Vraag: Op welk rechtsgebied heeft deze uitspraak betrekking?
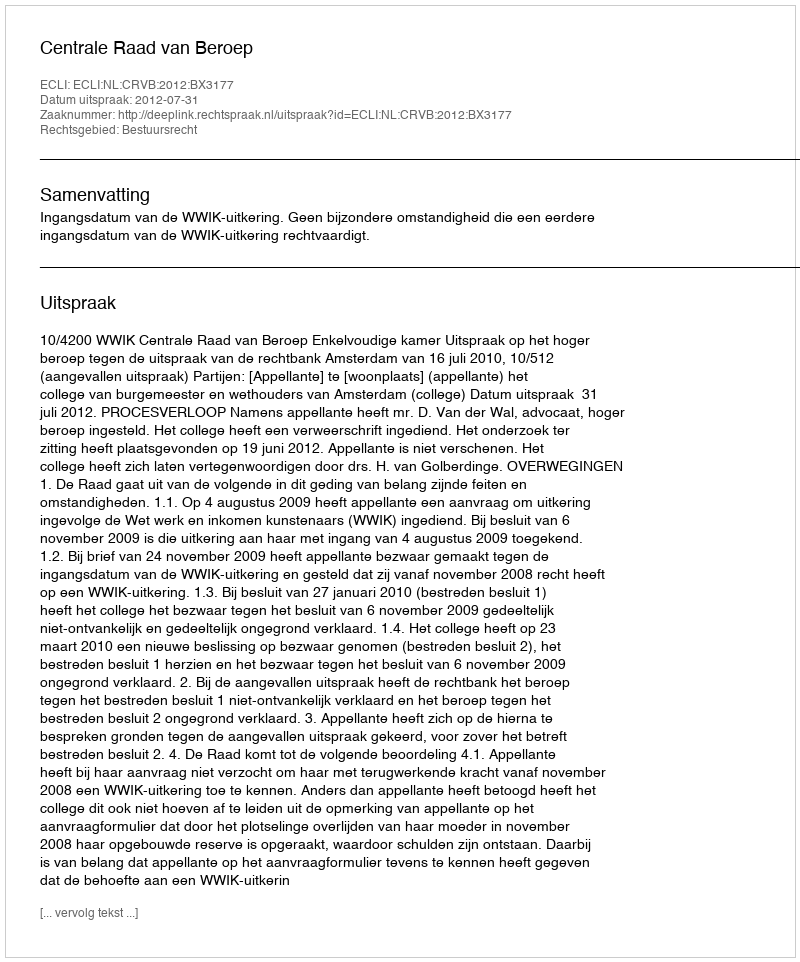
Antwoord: Bestuursrecht